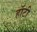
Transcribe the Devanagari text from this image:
हॉटी